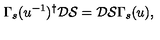
\Gamma _ { s } ( u ^ { - 1 } ) ^ { \dagger } \mathcal { D } \mathcal { S } = \mathcal { D } \mathcal { S } \Gamma _ { s } ( u ) ,